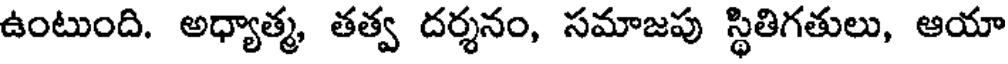
ఉంటుంది. అధ్యాత్మ, తత్వ దర్శనం, సమాజపు స్థితిగతులు, ఆయా